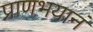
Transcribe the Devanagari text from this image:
प्राणभयानं